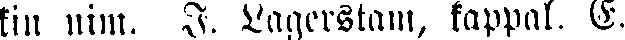
kin nim, J. Lagerstam, kappal. E.